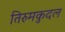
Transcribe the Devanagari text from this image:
तिरुमकुदल